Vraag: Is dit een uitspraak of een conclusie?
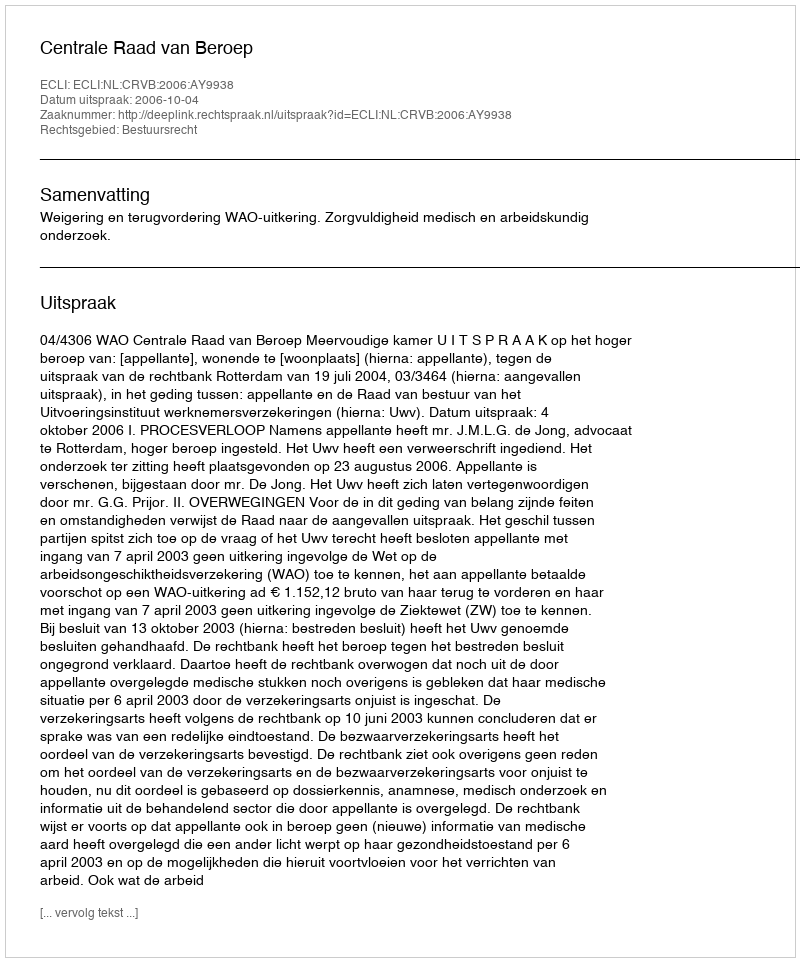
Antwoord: Uitspraak